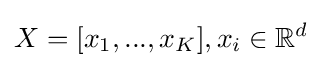
X=[x_{1},...,x_{K}],x_{i}\in \mathbb {R} ^{d}